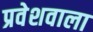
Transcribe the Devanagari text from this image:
प्रवेशवाला